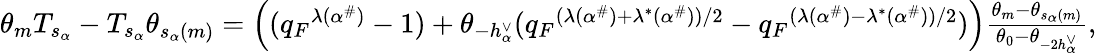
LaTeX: \begin{array}{r}{\theta_{m}T_{s_{\alpha}}-T_{s_{\alpha}}\theta_{s_{\alpha}(m)}=\left(({q_{F}}^{\lambda(\alpha^{\# })}-1)+\theta_{-h_{\alpha}^{\vee}}({q_{F}}^{(\lambda(\alpha^{\# })+\lambda^{*}(\alpha^{\# }))/2}-{q_{F}}^{(\lambda(\alpha^{\# })-\lambda^{*}(\alpha^{\# }))/2})\right)\frac{\theta_{m}-\theta_{s_{\alpha}(m)}}{\theta_{0}-\theta_{-2h_{\alpha}^{\vee}}},}\end{array}